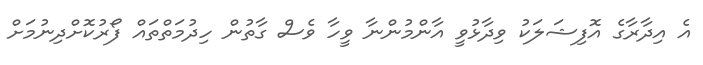
އެ އިދާރާގެ އޮފިޝަލަކު ވިދާޅުވީ އާންމުންނާ ވީހާ ވެސް ގާތުން ހިދުމަތްތައް ފޯރުކޮށްދިނުމަށް